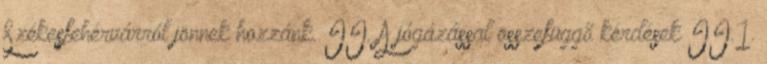
Székesfehérvárról jönnek hozzánk. II. A jógázással összefüggő kérdések II.1.